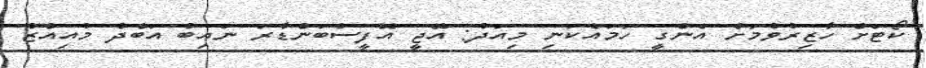
ކޯޓަށް ހާޒިރުވުމަށް އެންގީ ހަމައެކަނި މިއަދު: އޭޖީ އޮފީސްބަންޑާރަ ނައިބު އަބްދު މުއިއްޒު